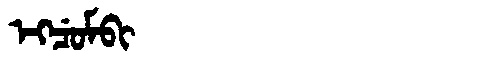
Manchu: ᡝᡴᠴᡠᠮᠪᡳ
Romanization: EKCUMBI